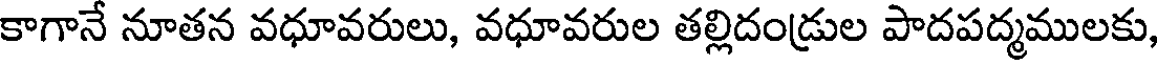
కాగానే నూతన వధూవరులు, వధూవరుల తల్లిదండ్రుల పాదపద్మములకు,